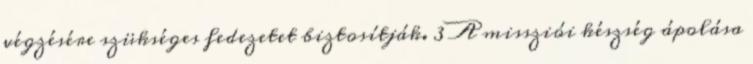
végzésére szükséges fedezetet biztosítják. 3 A missziói készség ápolása